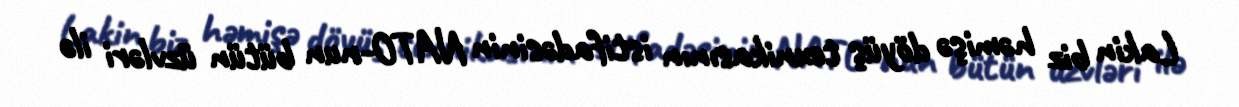
Lakin biz həmişə döyüş texnikasının istifadəsinin NATO-nun bütün üzvləri ilə